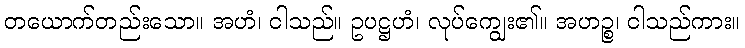
တယောက်တည်းသော။ အဟံ၊ ငါသည်။ ဥပဋ္ဌဟံ၊ လုပ်ကျွေး၏။ အဟဉ္စ၊ ငါသည်ကား။